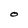
Character: O